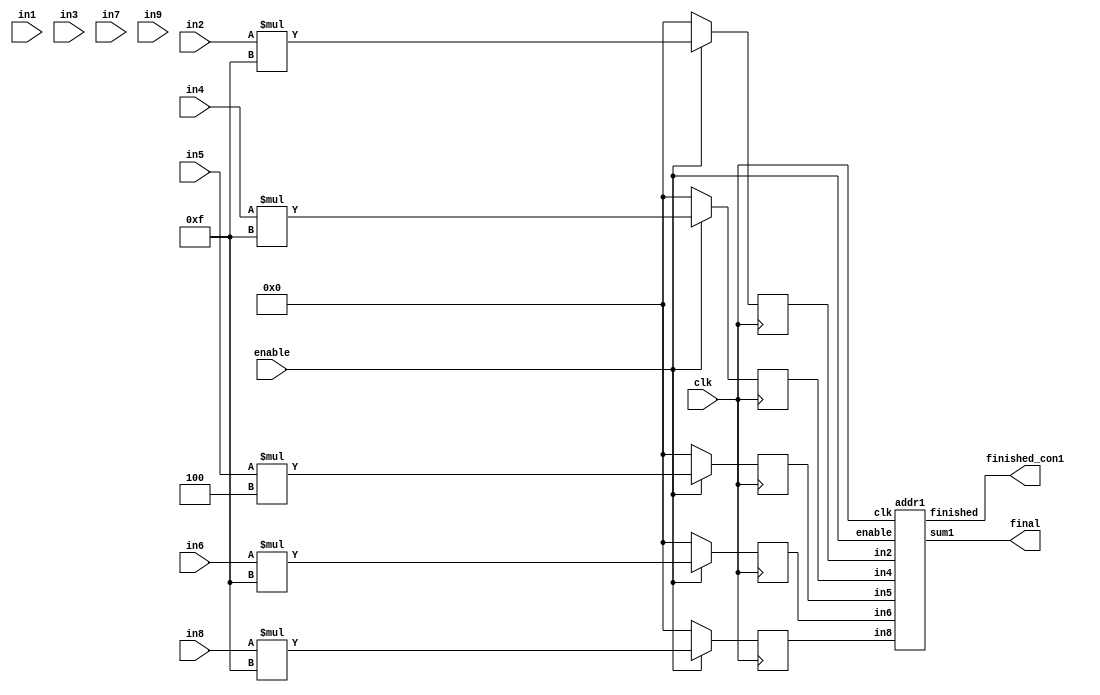
`timescale 1ns / 1ps
//////////////////////////////////////////////////////////////////////////////////
// Convolution with Lapcian Filter and Adders
//////////////////////////////////////////////////////////////////////////////////

module Convolution_1(
    input clk,
    input enable,
    input [7:0] in1,
    input [7:0] in2,
    input [7:0] in3,
    input [7:0] in4,
    input [7:0] in5,
    input [7:0] in6,
    input [7:0] in7,
    input [7:0] in8,
    input [7:0] in9,
    output signed [7:0] final,
    output finished_con1
);

    reg signed [7:0] out1;
    reg signed [7:0] out2; 
    reg signed [7:0] out3; 
    reg signed [7:0] out4; 
    reg signed [7:0] out5; 
    reg signed [7:0] out6; 
    reg signed [7:0] out7; 
    reg signed [7:0] out8;
    reg signed [7:0] out9;
/*
Laplacian Filter to be used as Kernel/Filter
|  0  -1  0 |
| -1  4  -1 |
|  0  -1  0 |
9 convolutions must be performed
*/

    always@(posedge clk)
        begin
            if(enable)
                begin
                    out1 <= 0; //Multiply by 0
                    out2 <= in2 * 4'b1111; //Multiply by -1
                    out3 <= 0; //Multiply by 0
                    out4 <= in4 * 4'b1111; //Multiply by -1
                    out5 <= in5 * 4'b0100; //Multiply by 4
                    out6 <= in6 * 4'b1111; //Multiply by -1
                    out7 <= 0; //Multiply by 0
                    out8 <= in8 * 4'b1111; //Multiply by -1
                    out9 <= 0; //Multiply by 0
                end
            else
                begin
                    out1 <= 0;
                    out2 <= 0;
                    out3 <= 0;
                    out4 <= 0;
                    out5 <= 0;
                    out6 <= 0;
                    out7 <= 0;
                    out8 <= 0;
                    out9 <= 0;
                end
        end
        
        addr1 A1 (clk,enable,out2,out4,out5,out6,out8,final,finished_con1);
        
endmodule


module addr1(
    input clk,
    input enable,
    input signed [7:0] in2,
    input signed [7:0] in4,
    input signed [7:0] in5,
    input signed [7:0] in6,
    input signed [7:0] in8,
    output reg  signed [7:0] sum1,
    output reg finished 
);

//Remove Inputs that are 0 since adding them wont make a difference
//Add up all values from convolution

    always@(posedge clk)
        begin
            if(enable)
                begin
                    sum1 <= (in2 + in4 + in5 + in6 + in8);
                    finished <= 1'b1;
                end
            else
                begin
                    sum1 <= 0;
                    finished <= 1'b1;
                end
        end
endmodule